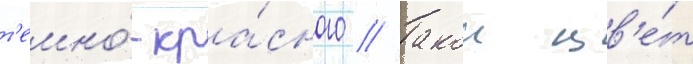
т'емно́-кра́сного // Такои цв'е́т